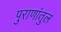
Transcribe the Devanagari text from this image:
पुराणांतुल